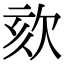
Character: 欬